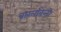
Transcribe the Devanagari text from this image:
बारलावेन्तो